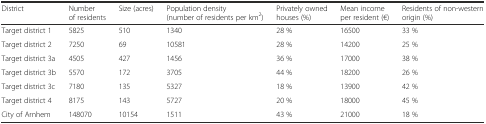
<table><thead><tr><td><b>District</b></td><td><b>Number of residents</b></td><td><b>Size (acres)</b></td><td><b>Population density (number of residents per km<sup>2</sup>)</b></td><td><b>Privately owned houses (%)</b></td><td><b>Mean income per resident (€)</b></td><td><b>Residents of non-western origin (%)</b></td></tr></thead><tbody><tr><td>Target district 1</td><td>5825</td><td>510</td><td>1340</td><td>28 %</td><td>16500</td><td>33 %</td></tr><tr><td>Target district 2</td><td>7250</td><td>69</td><td>10581</td><td>28 %</td><td>14200</td><td>25 %</td></tr><tr><td>Target district 3a</td><td>4505</td><td>427</td><td>1456</td><td>36 %</td><td>17000</td><td>38 %</td></tr><tr><td>Target district 3b</td><td>5570</td><td>172</td><td>3705</td><td>44 %</td><td>18200</td><td>26 %</td></tr><tr><td>Target district 3c</td><td>7180</td><td>135</td><td>5327</td><td>18 %</td><td>13900</td><td>42 %</td></tr><tr><td>Target district 4</td><td>8175</td><td>143</td><td>5727</td><td>20 %</td><td>18000</td><td>45 %</td></tr><tr><td>City of Arnhem</td><td>148070</td><td>10154</td><td>1511</td><td>43 %</td><td>21000</td><td>18 %</td></tr></tbody></table>